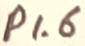
Text: P1.6